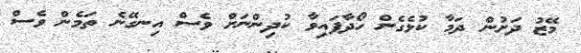
މޭޒު ދަށުން ދަމާ ކުޅެގެން ހޯދާފައިވާ ކުދިންނަށް ވެސް އިނގޭނެ ތަމެން ވެސް